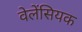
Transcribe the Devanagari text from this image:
वेलेंसियक